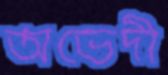
অভেদী